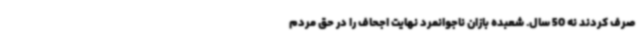
صرف کردند نه 50 سال. شعبده بازان ناجوانمرد نهایت اجحاف را در حق مردم